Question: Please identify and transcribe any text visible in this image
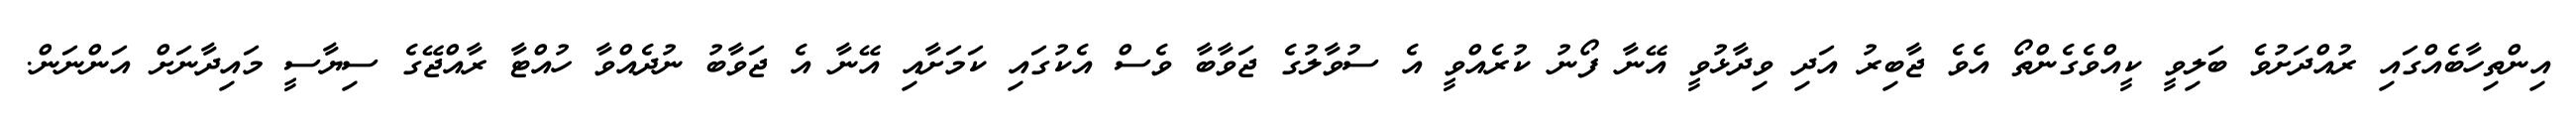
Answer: އިންތިހާބެއްގައި ރުއްދަށުވެ ބަލިވީ ކީއްވެގެންތޯ އެވެ ޖާބިރު އަދި ވިދާޅުވީ އޭނާ ފޯނު ކުރެއްވީ އެ ސުވާލުގެ ޖަވާބާ ވެސް އެކުގައި ކަމަށާއި އޭނާ އެ ޖަވާބު ނުދެއްވާ ހުއްޓާ ރާއްޖޭގެ ސިޔާސީ މައިދާނަށް އަންނަން.